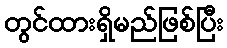
တွင်ထားရှိမည်ဖြစ်ပြီး